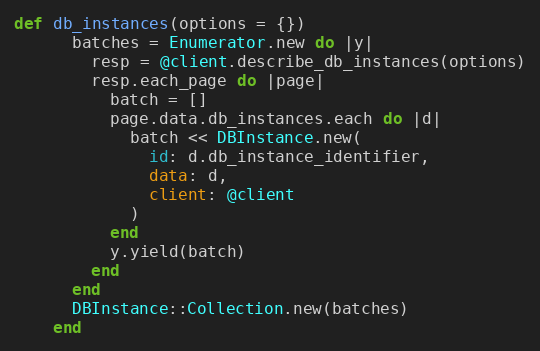
Language: Ruby
def db_instances(options = {})
      batches = Enumerator.new do |y|
        resp = @client.describe_db_instances(options)
        resp.each_page do |page|
          batch = []
          page.data.db_instances.each do |d|
            batch << DBInstance.new(
              id: d.db_instance_identifier,
              data: d,
              client: @client
            )
          end
          y.yield(batch)
        end
      end
      DBInstance::Collection.new(batches)
    end